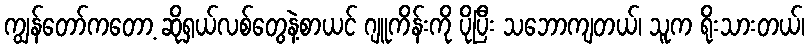
ကျွန်တော်ကတော့ ဆိုရှယ်လစ်တွေနဲ့စာယင် ဂျူကိန်းကို ပိုပြီး သဘောကျတယ်၊ သူက ရိုးသားတယ်၊